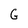
Character: G